Vaccination in Bombay 1869-1873 - 1869-1873
Year: 1869
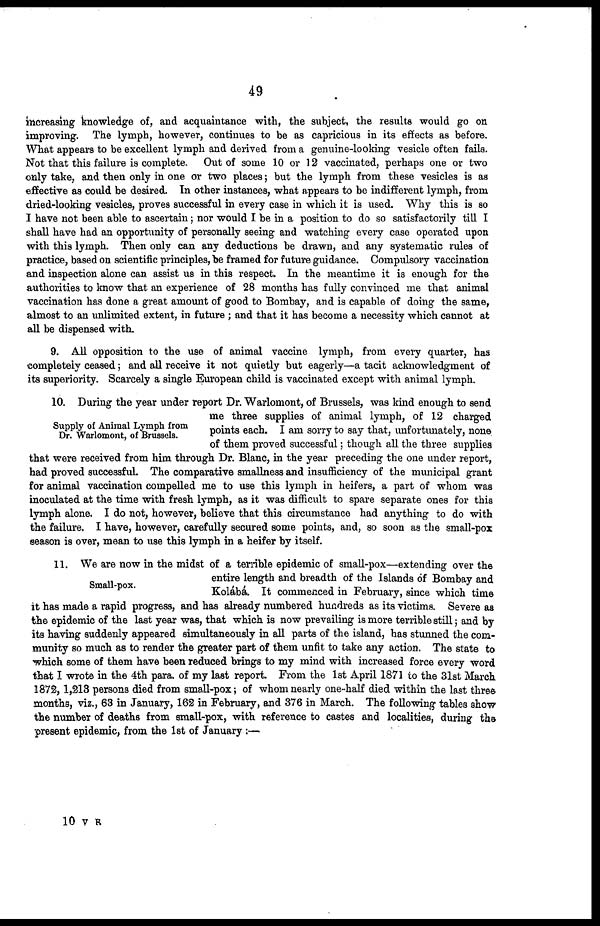
49
increasing knowledge of, and acquaintance with, the subject, the results would go on
improving. The lymph, however, continues to be as capricious in its effects as before.
What appears to be excellent lymph and derived from a genuine-looking vesicle often fails.
Not that this failure is complete. Out of some 10 or 12 vaccinated, perhaps one or two
only take, and then only in one or two places; but the lymph from these vesicles is as
effective as could be desired. In other instances, what appears to be indifferent lymph, from
dried-looking vesicles, proves successful in every case in which it is used. Why this is so
I have not been able to ascertain; nor would I be in a position to do so satisfactorily till I
shall have had an opportunity of personally seeing and watching every case operated upon
with this lymph. Then only can any deductions be drawn, and any systematic rules of
practice, based on scientific principles, be framed for future guidance. Compulsory vaccination
and inspection alone can assist us in this respect. In the meantime it is enough for the
authorities to know that an experience of 28 months has fully convinced me that animal
vaccination has done a great amount of good to Bombay, and is capable of doing the same,
almost to an unlimited extent, in future ; and that it has become a necessity which cannot at
all be dispensed with.
9. All opposition to the use of animal vaccine lymph, from every quarter, has
completely ceased; and all receive it not quietly but eagerly—a tacit acknowledgment of
its superiority. Scarcely a single European child is vaccinated except with animal lymph.
Supply of Animal Lymph from
Dr. Warlomont, of Brussels.
10. During the year under report Dr. Warlomont, of Brussels, was kind enough to send
me three supplies of animal lymph, of 12 charged
points each. I am sorry to say that, unfortunately, none
of them proved successful; though all the three supplies
that were received from him through Dr. Blanc, in the year preceding the one under report,
had proved successful. The comparative smallness and insufficiency of the municipal grant
for animal vaccination compelled me to use this lymph in heifers, a part of whom was
inoculated at the time with fresh lymph, as it was difficult to spare separate ones for this
lymph alone. I do not, however, believe that this circumstance had anything to do with
the failure. I have, however, carefully secured some points, and, so soon as the small-pox
season is over, mean to use this lymph in a heifer by itself.
Small-pox.
11. We are now in the midst of a terrible epidemic of small-pox—extending over the
entire length and breadth of the Islands of Bombay and
Kolábá. It commenced in February, since which time
it has made a rapid progress, and has already numbered hundreds as its victims. Severe as
the epidemic of the last year was, that which is now prevailing is more terrible still; and by
its having suddenly appeared simultaneously in all parts of the island, has stunned the com-
munity so much as to render the greater part of them unfit to take any action. The state to
which some of them have been reduced brings to my mind with increased force every word
that I wrote in the 4th para. of my last report. From the 1st April 1871 to the 31st March
1872,1,213 persons died from small-pox; of whom nearly one-half died within the last three
months, viz., 63 in January, 162 in February, and 376 in March. The following tables show
the number of deaths from small-pox, with reference to castes and localities, during the
present epidemic, from the 1st of January :—
10 V R